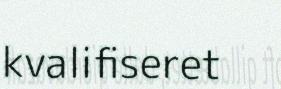
kvalifiseret